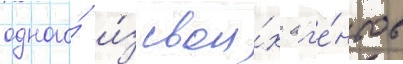
одного́ и́з свои́х аг'е́нтов